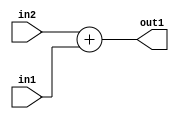
`timescale 1ps / 1ps
/*****************************************************************************
    Verilog RTL Description
    
    
    Created by: Stratus DpOpt 2019.1.01 
*******************************************************************************/

module fix2float_Add_23Sx8U_23S_4_1 (
	in2,
	in1,
	out1
	); /* architecture "behavioural" */ 
input [22:0] in2;
input [7:0] in1;
output [22:0] out1;
wire [22:0] asc001;

assign asc001 = 
	+(in2)
	+(in1);

assign out1 = asc001;
endmodule

/* CADENCE  urn3TQo= : u9/ySgnWtBlWxVPRXgAZ4Og= ** DO NOT EDIT THIS LINE ******/